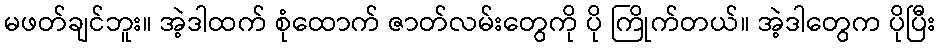
မဖတ်ချင်ဘူး။ အဲ့ဒါထက် စုံထောက် ဇာတ်လမ်းတွေကို ပို ကြိုက်တယ်။ အဲ့ဒါတွေက ပိုပြီး